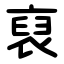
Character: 裒